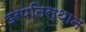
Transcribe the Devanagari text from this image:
इरपतिस्थान